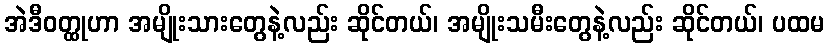
အဲဒီဝတ္ထုဟာ အမျိုးသားတွေနဲ့လည်း ဆိုင်တယ်၊ အမျိုးသမီးတွေနဲ့လည်း ဆိုင်တယ်၊ ပထမ